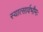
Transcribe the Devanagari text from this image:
स्यात्सार्वभौमः